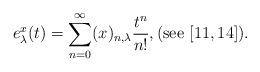
LaTeX: \begin{align*}e_{\lambda}^{x}(t)=\sum_{n=0}^{\infty}(x)_{n,\lambda}\frac{t^{n}}{n!},(\mathrm{see}\ [11,14]).\end{align*}